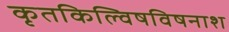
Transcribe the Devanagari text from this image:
कृतकिल्विषविषनाश